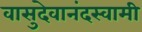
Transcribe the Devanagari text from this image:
वासुदेवानंदस्वामी